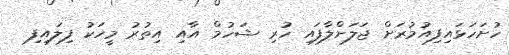
ހުށަހަޅައިފިއުމުރަށް ޖަލަށްލާފައި ހުރި ޝަހުމް އާއި އިތުރު މީހަކު ފިލައިފި